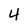
Character: 4